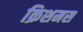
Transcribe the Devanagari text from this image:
क्रिशमस